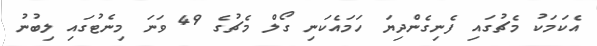
އެކަމަކު މެޗުގައި ފެނިގެންދިޔަ ހަމައެކަނި ގޯލް މެޗުގެ 49 ވަނަ މިނެޓުގައި ލިބުނު